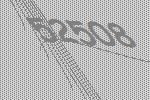
52508